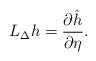
LaTeX: \begin{align*} L_{\Delta}h=\frac{\partial \hat{h}}{\partial \eta}.\end{align*}